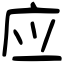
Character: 应